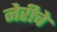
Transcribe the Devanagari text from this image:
नेरीचे